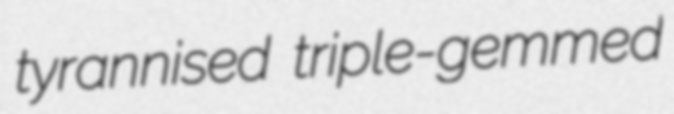
tyrannised triple-gemmed